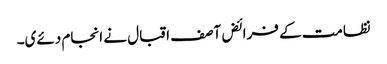
نظامت کے فرائض آصف اقبال نے انجام دئےی۔